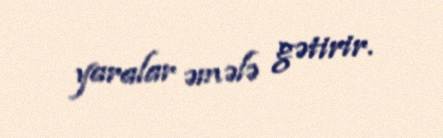
yaralar əmələ gətirir.